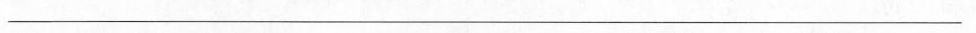
___